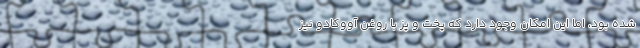
شده بود، اما این امکان وجود دارد که پخت و پز با روغن آووکادو نیز